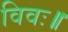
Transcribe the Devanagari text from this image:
विवः॥